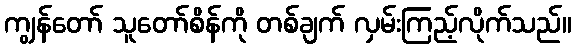
ကျွန်တော် သူတော်စိန်ကို တစ်ချက် လှမ်းကြည့်လိုက်သည်။